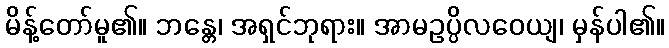
မိန့်တော်မူ၏။ ဘန္တေ၊ အရှင်ဘုရား။ အာမဥပ္ပိလဝေယျ၊ မှန်ပါ၏။